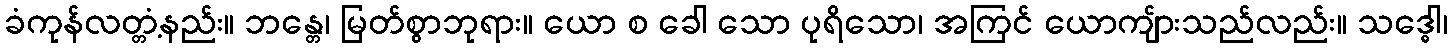
ခံကုန်လတ္တံ့နည်း။ ဘန္တေ၊ မြတ်စွာဘုရား။ ယော စ ခေါ သော ပုရိသော၊ အကြင် ယောကျ်ားသည်လည်း။ သဒ္ဓေါ၊